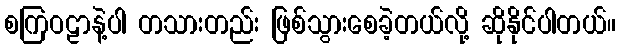
စကြဝဠာနဲ့ပါ တသားတည်း ဖြစ်သွားစေခဲ့တယ်လို့ ဆိုနိုင်ပါတယ်။